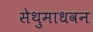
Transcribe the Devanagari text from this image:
सेथुमाधवन